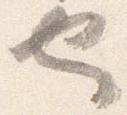
也